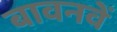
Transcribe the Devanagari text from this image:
बावनवें